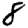
Digit: 8